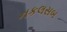
નકલસબ